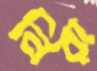
নিরা